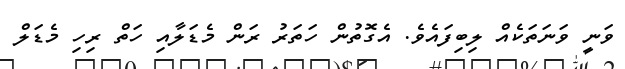
ވަނީ ވަނަތަކެއް ލިބިފައެވެ. އެގޮތުން ހަތަރު ރަން މެޑަލާއި ހަތް ރިހި މެޑަލް